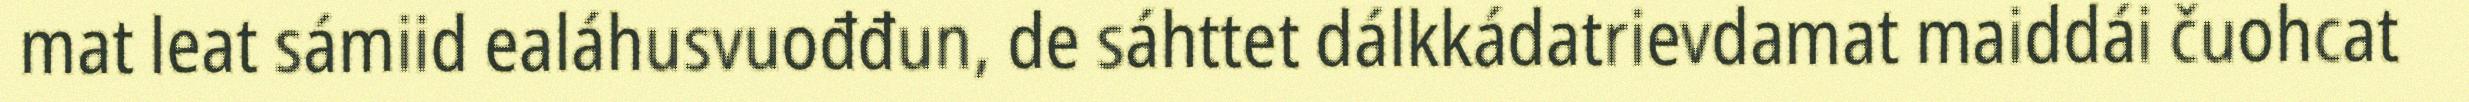
mat leat sámiid ealáhusvuođđun, de sáhttet dálkkádatrievdamat maiddái čuohcat